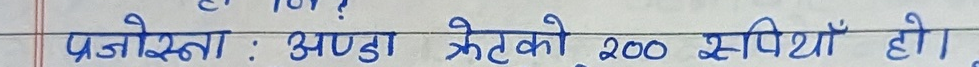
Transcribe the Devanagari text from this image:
प्रजोक्ता : अण्डा क्रेटको 200 रुपिँयो हो।